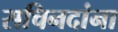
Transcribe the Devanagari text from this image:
सचिनदांना